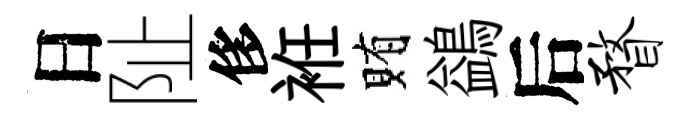
日阯侈袵賄鷁后瞀